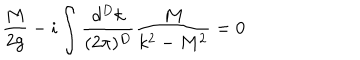
\frac { M } { 2 g } - i \int \frac { d ^ { D } k } { ( 2 \pi ) ^ { D } } \frac { M } { k ^ { 2 } - M ^ { 2 } } = 0